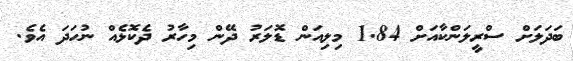
ބަދަލަށް ސްރީލަންކާއަށް 1.84 މިލިއަން ޑޮލަރު ދޭން މިހާރު ދެކޮޅެއް ނުހަދަ އެވެ.